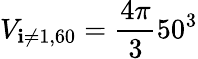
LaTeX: V_{\mathbf{i}\neq1,60}=\frac{{4\pi}}{{3}}50^{3}